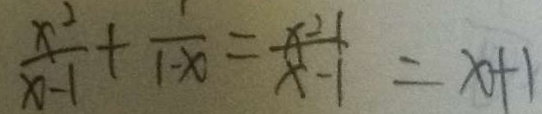
\frac { x ^ { 2 } } { x - 1 } + \frac { 1 } { 1 - x } = \frac { x ^ { 2 } - 1 } { x - 1 } = x + 1